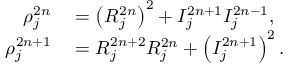
\begin{array} { r l } { \rho _ { j } ^ { 2 n } } & { { } = \left( { \cal R } _ { j } ^ { 2 n } \right) ^ { 2 } + { \cal I } _ { j } ^ { 2 n + 1 } { \cal I } _ { j } ^ { 2 n - 1 } , } \\ { \rho _ { j } ^ { 2 n + 1 } } & { { } = { \cal R } _ { j } ^ { 2 n + 2 } { \cal R } _ { j } ^ { 2 n } + \left( { \cal I } _ { j } ^ { 2 n + 1 } \right) ^ { 2 } . } \end{array}